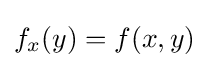
f_{x}(y)=f(x,y)